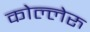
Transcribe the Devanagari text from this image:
कोल्लेरु